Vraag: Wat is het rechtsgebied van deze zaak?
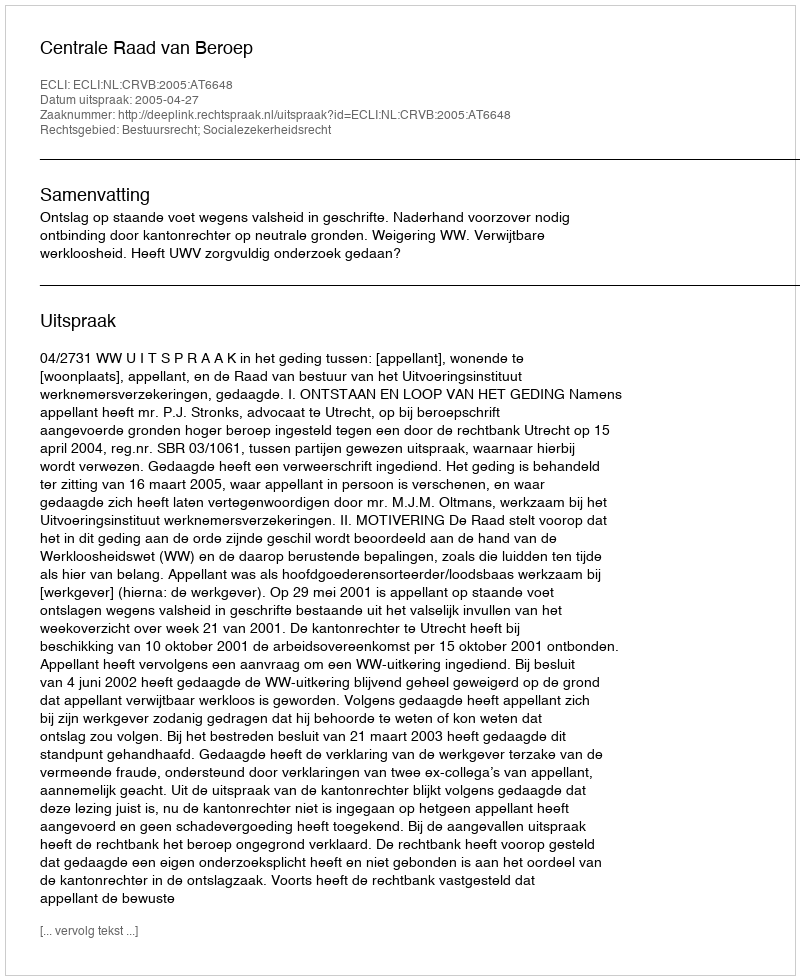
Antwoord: Bestuursrecht; Socialezekerheidsrecht